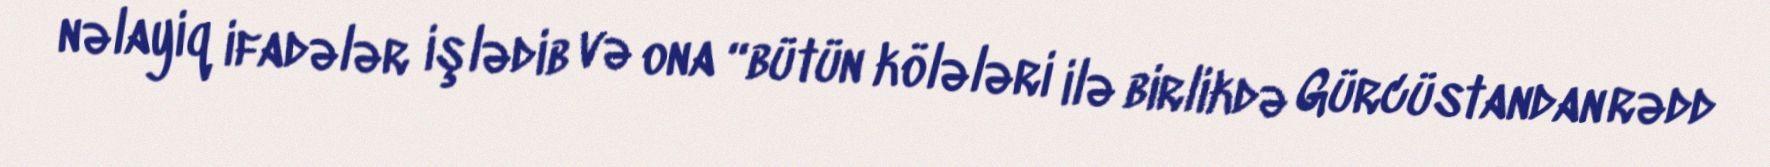
nəlayiq ifadələr işlədib və ona “bütün kölələri ilə birlikdə Gürcüstandan rədd